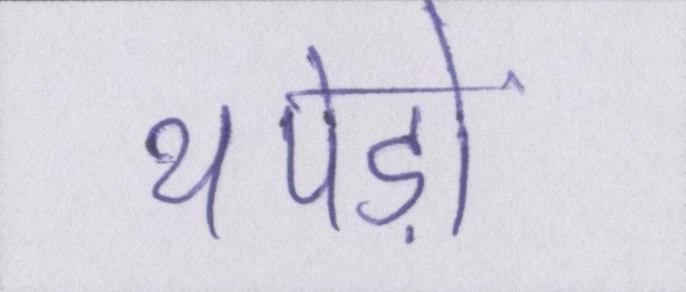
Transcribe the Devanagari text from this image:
थपेड़ों